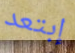
إبتعد